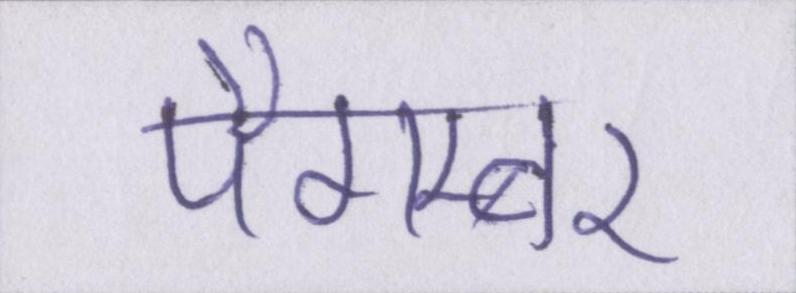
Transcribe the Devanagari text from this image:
पैगम्बर